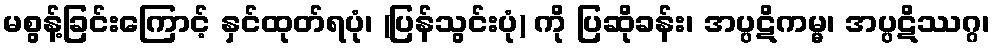
မစွန့်ခြင်းကြောင့် နှင်ထုတ်ရပုံ၊ (ပြန်သွင်းပုံ) ကို ပြဆိုခန်း၊ အပ္ပဋိကမ္မ၊ အပ္ပဋိဿဂ္ဂ၊